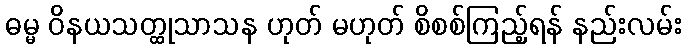
ဓမ္မ ဝိနယသတ္ထုသာသန ဟုတ် မဟုတ် စိစစ်ကြည့်ရန် နည်းလမ်း